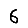
Digit: 6